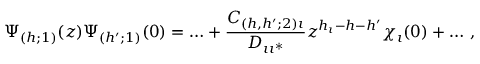
\Psi _ { ( h ; 1 ) } ( z ) \Psi _ { ( h ^ { \prime } ; 1 ) } ( 0 ) = \ldots + \frac { C _ { ( h , h ^ { \prime } ; 2 ) \iota } } { D _ { \iota \iota ^ { * } } } z ^ { h _ { \iota } - h - h ^ { \prime } } \chi _ { \iota } ( 0 ) + \ldots \, ,